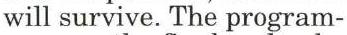
will survive. The program-